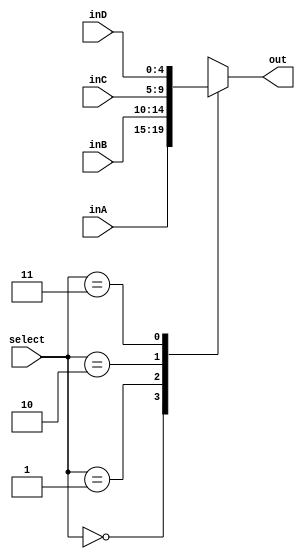
`timescale 1ns / 1ps

////////////////////////////////////////////////////////////////////////////////
// ECE369 - Computer Architecture
// 
// Module - Mux32Bit2To1.v
// Description - Performs signal multiplexing between 4 2-Bit signals.
////////////////////////////////////////////////////////////////////////////////

module Mux_5Bit_4To1(out, inA, inB, inC, inD, select);

    
    input [4:0] inA;
    input [4:0] inB;
    input [4:0] inC;
    input [4:0] inD;
    input [1:0]select;

    output reg [4:0] out;
    
    
    always @(*)begin 
    
        case (select)
        
            2'b00:
            begin
                out <= inA;
            end

            2'b01:
            begin
                out <= inB;
            end

            2'b10:
            begin
                out <= inC;
            end

            2'b11:
            begin
                out <= inD;
            end

        endcase

    end

endmodule